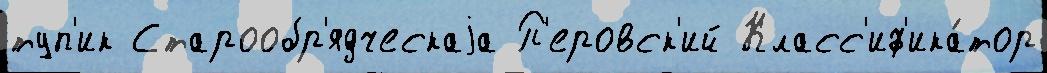
туп'ик Старообр'ядческаjа П'еровск'ий Класс'иф'ика́тор